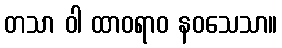
တသာ ဝါ ထာဝရာဝ နဝသေသာ။